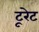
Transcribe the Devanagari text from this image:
टूरेट